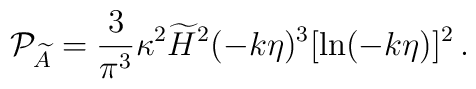
{\cal P}_{\widetilde{A}} = {3\over\pi^3} \kappa^2\widetilde{H}^2 (-k\eta)^3[\ln(-k\eta)]^2 \,.